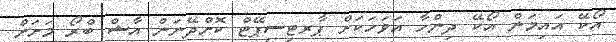
އޯކޭ އައިމަން އޯކޭ ދިންހާ އަވަހަކަށް ޕާރޓިސިޕޭޓް ކޮށްދޭނަން އާޝް ބްރޯ މަށަށް